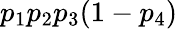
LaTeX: p_{1}p_{2}p_{3}(1-p_{4})